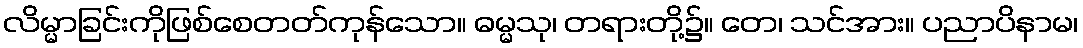
လိမ္မာခြင်းကိုဖြစ်စေတတ်ကုန်သော။ ဓမ္မသု၊ တရားတို့၌။ တေ၊ သင်အား။ ပညာပိနာမ၊